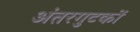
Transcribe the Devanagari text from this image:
अंतरगुटकों